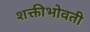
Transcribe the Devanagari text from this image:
शक्तीभोवती